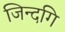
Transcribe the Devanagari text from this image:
जिन्दगि